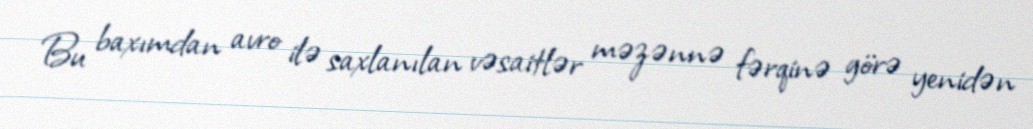
Bu baxımdan avro ilə saxlanılan vəsaitlər məzənnə fərqinə görə yenidən